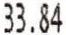
33.84